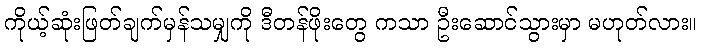
ကိုယ့်ဆုံးဖြတ်ချက်မှန်သမျှကို ဒီတန်ဖိုးတွေ ကသာ ဦးဆောင်သွားမှာ မဟုတ်လား။